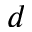
d